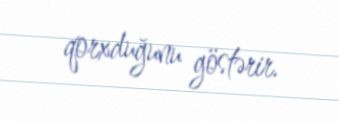
qorxduğunu göstərir.